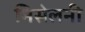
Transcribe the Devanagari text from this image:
मिसेलनी